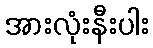
အားလုံးနီးပါး